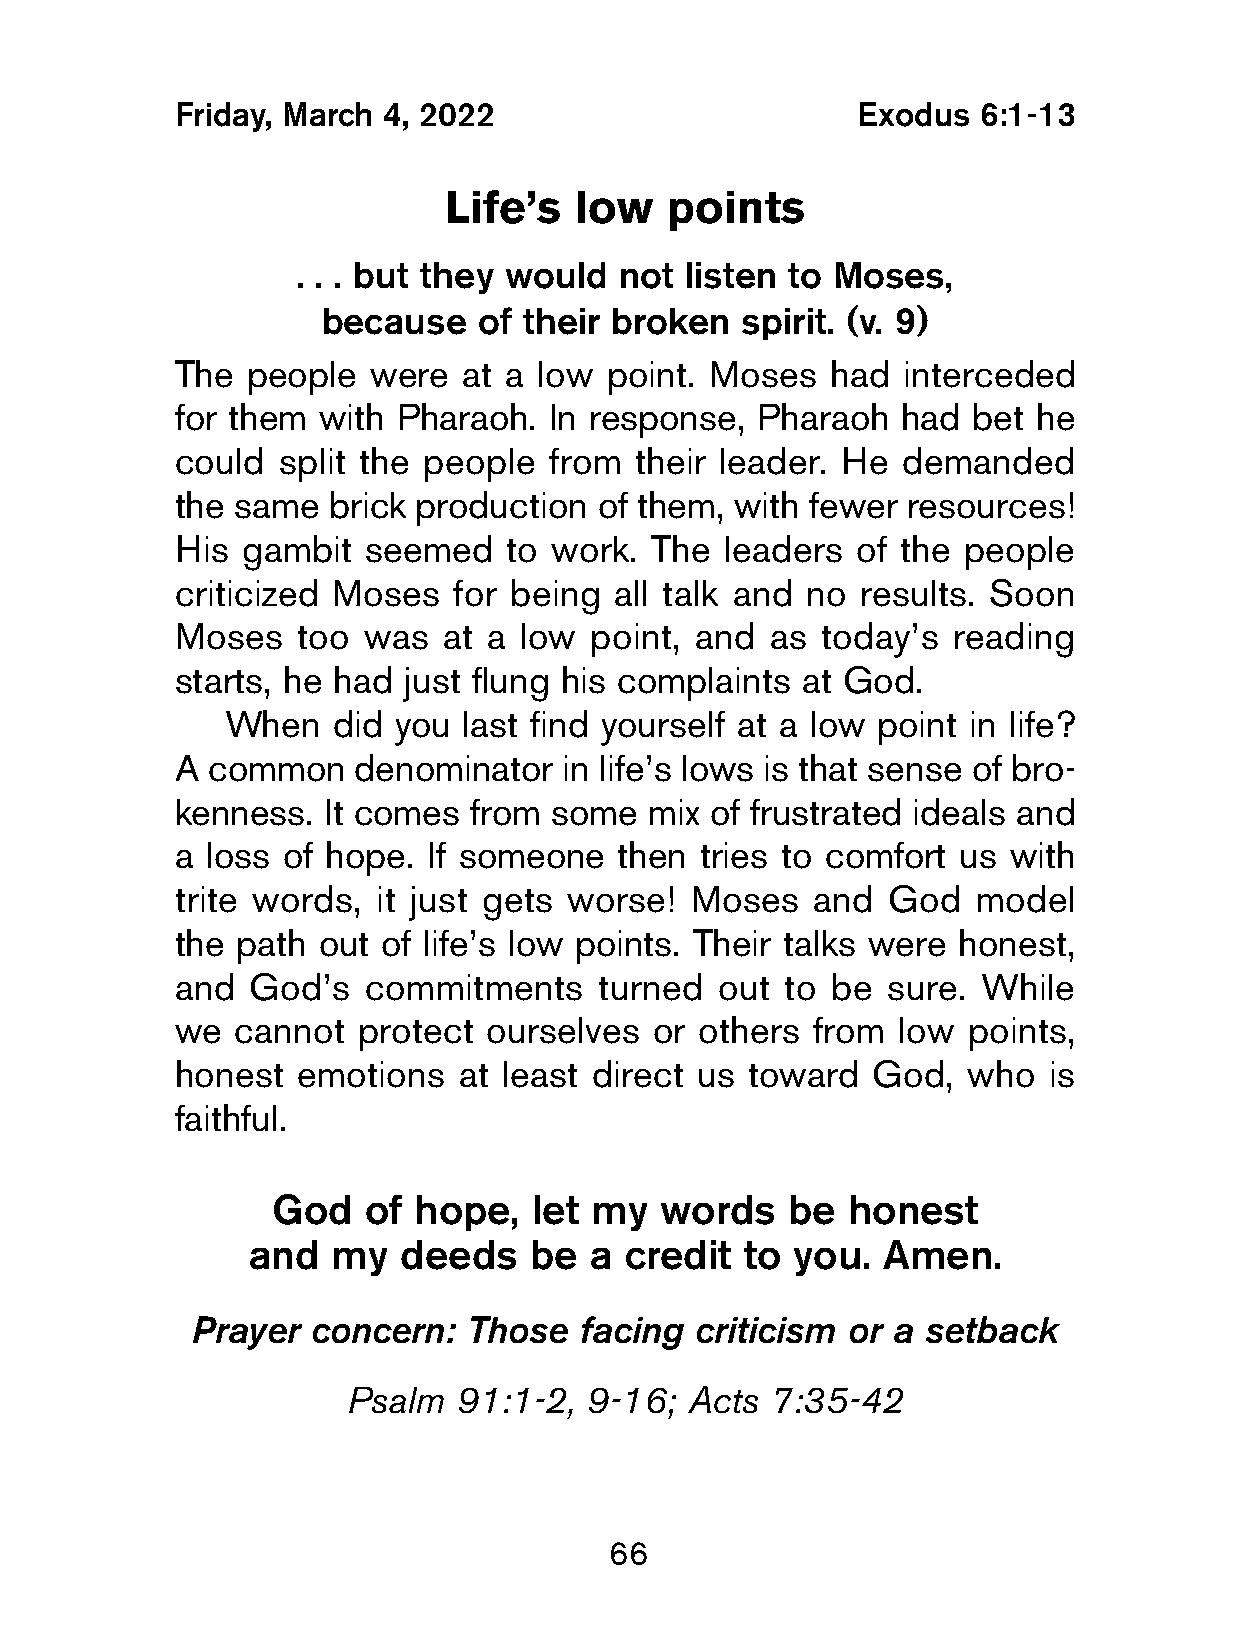
Friday, March 4, 2022                         Exodus  6:1-13
 Life’s   low   points
 . . . but they would not listen to Moses,
 because    of their broken  spirit. (v. 9)
 The  people  were   at a low point. Moses   had  interceded
 for them  with Pharaoh.  In response,  Pharaoh   had bet he
 could  split the people  from  their leader. He  demanded
 the same   brick production of them,  with fewer resources!
 His  gambit  seemed   to work.  The  leaders  of the people
 criticized Moses   for being  all talk and no results. Soon
 Moses    too was  at a low  point, and  as today’s  reading
 starts, he had  just flung his complaints at God.
 When   did you  last find yourself at a low point in life?
 A  common   denominator   in life’s lows is that sense of bro-
 kenness.  It comes  from some   mix of frustrated ideals and
 a  loss of hope. If someone   then tries to comfort us  with
 trite words,  it just gets worse!  Moses   and  God  model
 the  path out of life’s low points. Their talks were honest,
 and  God’s   commitments     turned out  to be  sure. While
 we  cannot   protect ourselves  or others  from low  points,
 honest   emotions  at least direct us toward   God,  who  is
 faithful.
 God   of hope,   let my   words   be  honest
 and   my  deeds    be  a credit  to you.  Amen.
 Prayer concern:   Those  facing  criticism or a setback
 Psalm  91:1-2,  9-16; Acts  7:35-42
 66